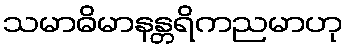
သမာဓိမာနန္တရိကညမာဟု